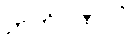
ဉာတိဂဏဝဂ္ဂံ